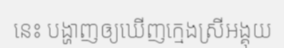
នេះ បង្ហាញឲ្យឃើញក្មេងស្រីអង្គុយ